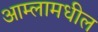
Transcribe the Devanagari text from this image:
आम्लामधील